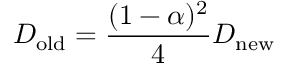
D _ { \mathrm { o l d } } = \frac { ( 1 - \alpha ) ^ { 2 } } { 4 } D _ { \mathrm { n e w } }